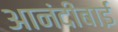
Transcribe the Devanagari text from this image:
आनंदीबाईं